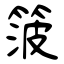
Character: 箥